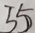
5 5